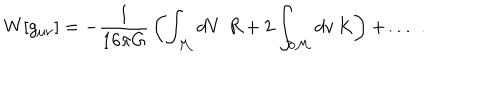
W [ g _ { \mu \nu } ] = - { \frac { 1 } { 1 6 \pi G } } \left( \int _ { \cal M } d V \, \, R + 2 \int _ { \partial { \cal M } } d v \, K \right) + \ldots \, \, .